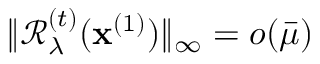
\| \mathcal { R } _ { \lambda } ^ { ( t ) } ( \mathbf { x } ^ { ( 1 ) } ) \| _ { \infty } = o ( \bar { \mu } )